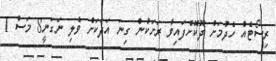
ރިސޯޓެއް ހެދުމަށް ދޫކޮށްފައިވާ ރަށަކުން ގިނަ އަދަކަށް ވެލި ނަގަނީ8 މަސް 1